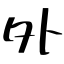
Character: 外